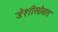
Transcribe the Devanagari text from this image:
डेशीसोबत